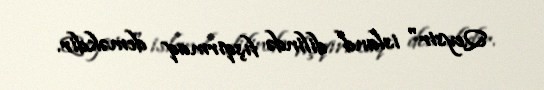
Qeysir" island dilində fışqırmaq deməkdir.